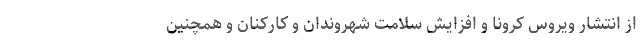
از انتشار ویروس کرونا و افزایش سلامت شهروندان و کارکنان و همچنین